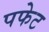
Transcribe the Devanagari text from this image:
पफेट